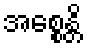
အစ္စေန္တိ